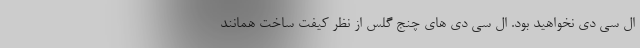
ال سی دی نخواهید بود. ال سی دی های چنج گلس از نظر کیفت ساخت همانند